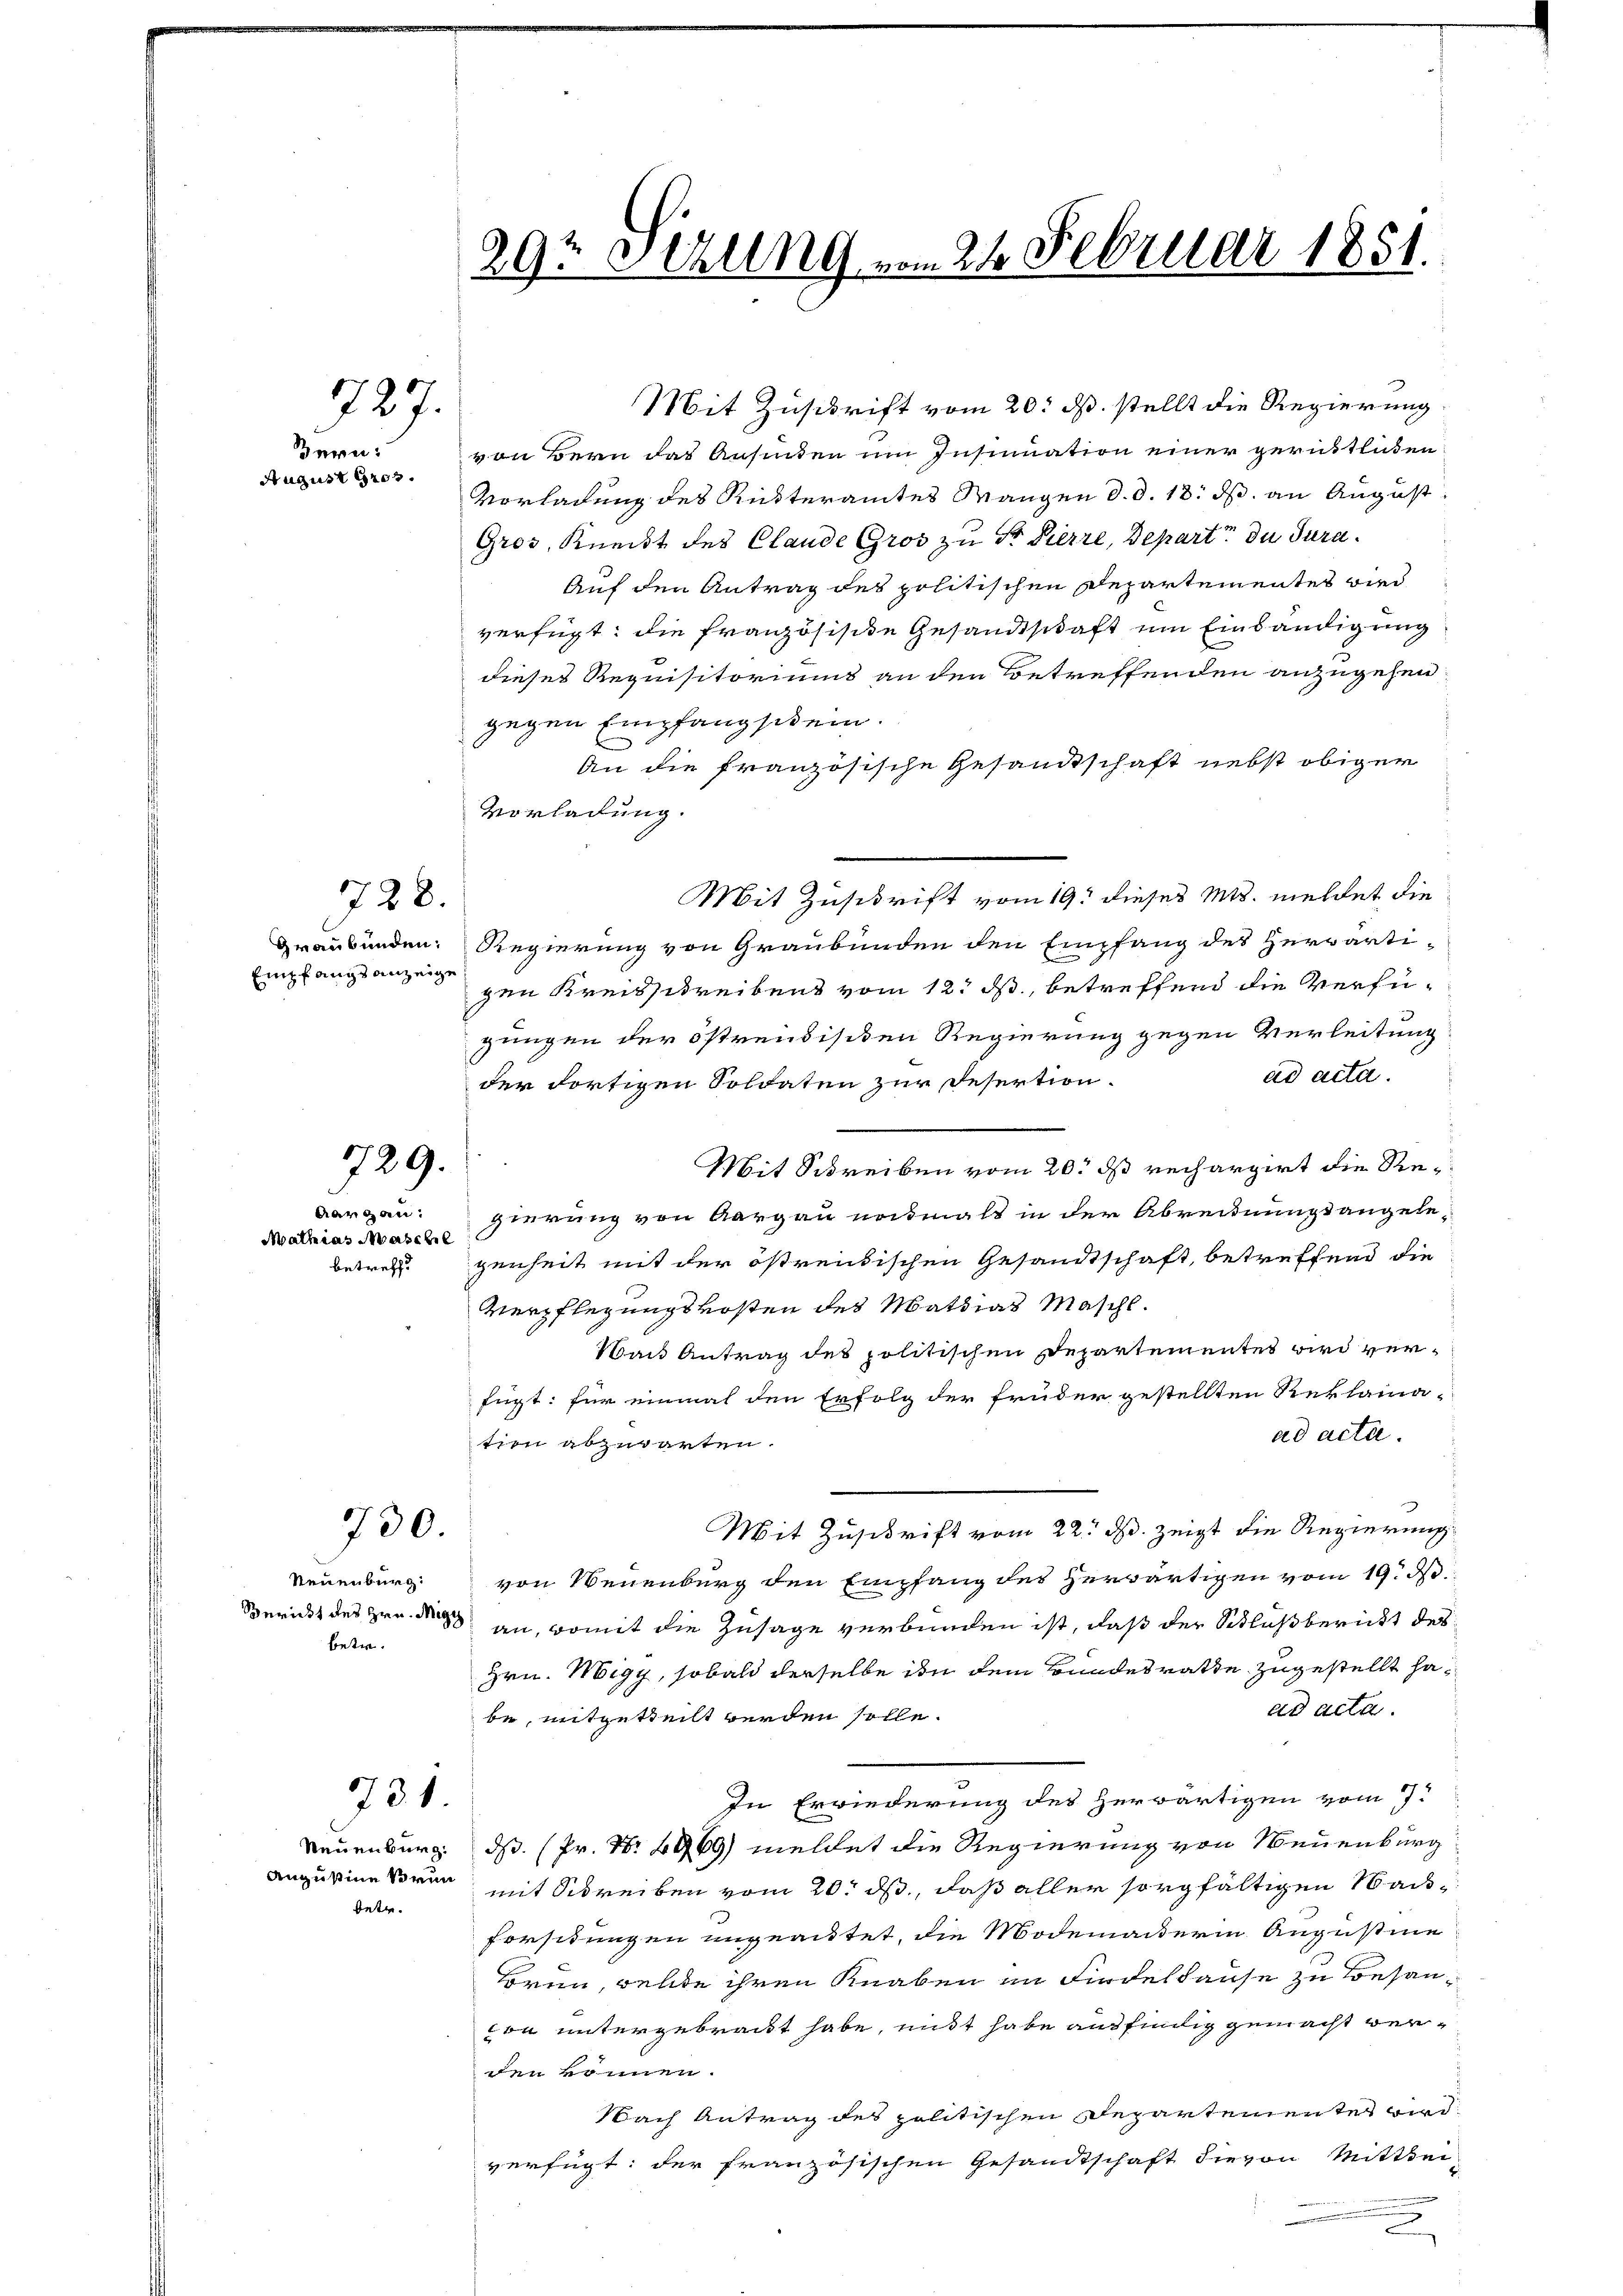
727.

Bern:
August Gros

728.

Empfangsanzeige

729.

Aargau.
Mathias Maschel
betreff

730.

Neuenburg:
Bericht des Hrn. Migy
betr.

731.

betr.

29t Setzung, vom 24. Februar 1851.

von Bern das Ansinten um Insinuation einer gerüchtlichen
Vorladung des Ritteramtes Mangen d. d. 18. ds. an August
Gros, Kneist des Claude Gros zu St. Pierre, Depart du Tura¬
Auf den Antrag des politischen Departementes wird
verfügt: die französische Gesandtschaft um Einbändigung
dieses Requisitoriums an den Betreffenden anzugehen.
gegen Empfangschein.
An die französische Gesandtschaft nebst obiger
Vorladung.
Mit Zuschrift vom 19. dieser Mts. meldet die
Graubünden: Regierung von Graubünden den Empfang des Herrärti-
gen Kreisschreibens vom 12. ds., betreffend die Verfü¬
Zungen der östreidischen Regierung gegen Verleitung
ad acta.
der fortigen Soldaten zur Desertion.
Mit Schreiben vom 20. ds rechargirt die Regierung von Aargau nochmals in der Abrechnungsangelegerheit mit der östreitischen Gesandtschaft, betreffend die
Verpflegungskosten des Mathias Maschl.
Nach Antrag des politischen Departementes wird verfügt: für einmal den Erfolg der früder gestellten Reklama-
ad acta.
tien abzuwarten.
Mit Zuschrift vom 22. ds. zeigt die Regierung
von Neuenburg den Empfang des Herwärtigen vom 19. d.
an, womit die Zusage verbunden ist, daß der Schlußbericht des
Hrn. Migy, sobald derselbe in dem Bundesrathe zugestellt haad acta.
be, mitgetheilt werden solle.
In Erwiederung des herwärtigen vom 7.
Neuenburg. ds. (Pr. No 4969) meldet die Regierung von Neuenburg
Augustine Brun mit Schreiben vom 20. ds, daß aller sorgfältigen Wais
forstungen ungeachtet, die Modenakterin Augustie
horen, welte ihren Knaben im Findelhause zu Besancon untergebracht habe, mißt habe ausfindig gemacht ver-
den können.
Nach Antrag des politischen Departementes wird.
verfügt: der französischen Gesandtschaft die von Mitthei-

Mit Zuschrift vom 20. ds. stellt die Regierung